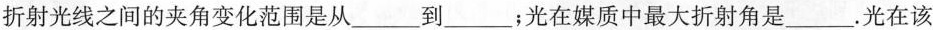
折射光线之间的夹角变化范围是从___到___；光在媒质中最大折射角是___.光在该